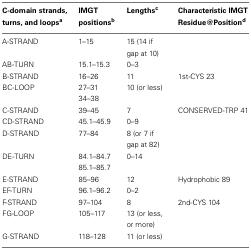
<table><thead><tr><td><b>C-domain strands, turns, and loops<sup>a</sup></b></td><td><b>IMGT positions<sup>b</sup></b></td><td><b>Lengths<sup>c</sup></b></td><td><b>Characteristic IMGT Residue@Position<sup>d</sup></b></td></tr></thead><tbody><tr><td>A-STRAND</td><td>1–15</td><td>15 (14 if gap at 10)</td><td></td></tr><tr><td>AB-TURN</td><td>15.1–15.3</td><td>0–3</td><td></td></tr><tr><td>B-STRAND</td><td>16–26</td><td>11</td><td>1st-CYS 23</td></tr><tr><td>BC-LOOP</td><td>27–31</td><td>10 (or less)</td><td></td></tr><tr><td></td><td>34–38</td><td></td></tr><tr><td>C-STRAND</td><td>39–45</td><td>7</td><td>CONSERVED-TRP 41</td></tr><tr><td>CD-STRAND</td><td>45.1–45.9</td><td>0–9</td><td></td></tr><tr><td>D-STRAND</td><td>77–84</td><td>8 (or 7 if gap at 82)</td><td></td></tr><tr><td>DE-TURN</td><td>84.1–84.7</td><td>0–14</td><td></td></tr><tr><td></td><td>85.1–85.7</td><td></td></tr><tr><td>E-STRAND</td><td>85–96</td><td>12</td><td>Hydrophobic 89</td></tr><tr><td>EF-TURN</td><td>96.1–96.2</td><td>0–2</td><td></td></tr><tr><td>F-STRAND</td><td>97–104</td><td>8</td><td>2nd-CYS 104</td></tr><tr><td>FG-LOOP</td><td>105–117</td><td>13 (or less, or more)</td><td></td></tr><tr><td>G-STRAND</td><td>118–128</td><td>11 (or less)</td><td></td></tr></tbody></table>